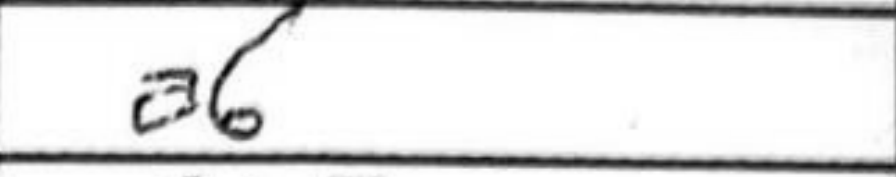
Transcription: a6